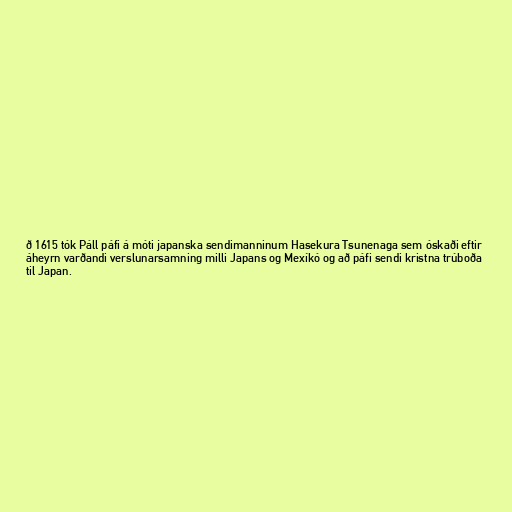
ð 1615 tók Páll páfi á móti japanska sendimanninum Hasekura Tsunenaga sem óskaði eftir
áheyrn varðandi verslunarsamning milli Japans og Mexíkó og að páfi sendi kristna trúboða
til Japan.